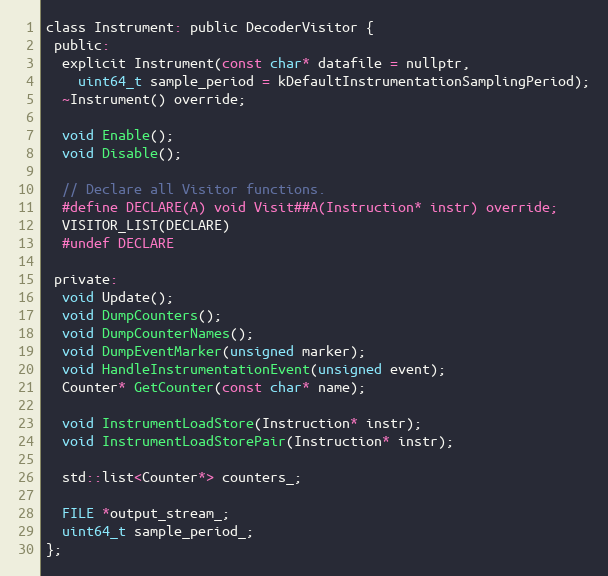
Language: C
class Instrument: public DecoderVisitor {
 public:
  explicit Instrument(const char* datafile = nullptr,
    uint64_t sample_period = kDefaultInstrumentationSamplingPeriod);
  ~Instrument() override;

  void Enable();
  void Disable();

  // Declare all Visitor functions.
  #define DECLARE(A) void Visit##A(Instruction* instr) override;
  VISITOR_LIST(DECLARE)
  #undef DECLARE

 private:
  void Update();
  void DumpCounters();
  void DumpCounterNames();
  void DumpEventMarker(unsigned marker);
  void HandleInstrumentationEvent(unsigned event);
  Counter* GetCounter(const char* name);

  void InstrumentLoadStore(Instruction* instr);
  void InstrumentLoadStorePair(Instruction* instr);

  std::list<Counter*> counters_;

  FILE *output_stream_;
  uint64_t sample_period_;
};